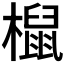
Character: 𣜌